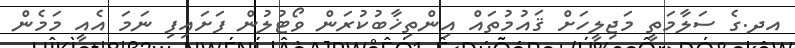
އދ.ގެ ސަލާމަތީ މަޖިލީހަށް ޤައުމުތައް އިންތިޚާބުކުރަން ވޯޓުލުން ފަށައިފި ނަމަ އެއީ މަމެން